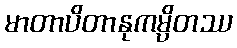
မာတာပိတာနုကမ္ပိတဿ